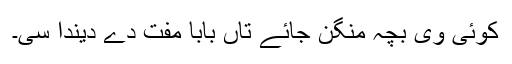
کوئی وی بچہ منگن جائے تاں بابا مُفت دے دیندا سی۔